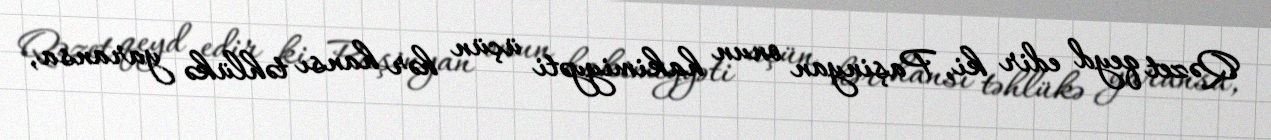
Qəzet qeyd edir ki, Paşinyan onun hakimiyyəti üçün hər hansı təhlükə yaransa,